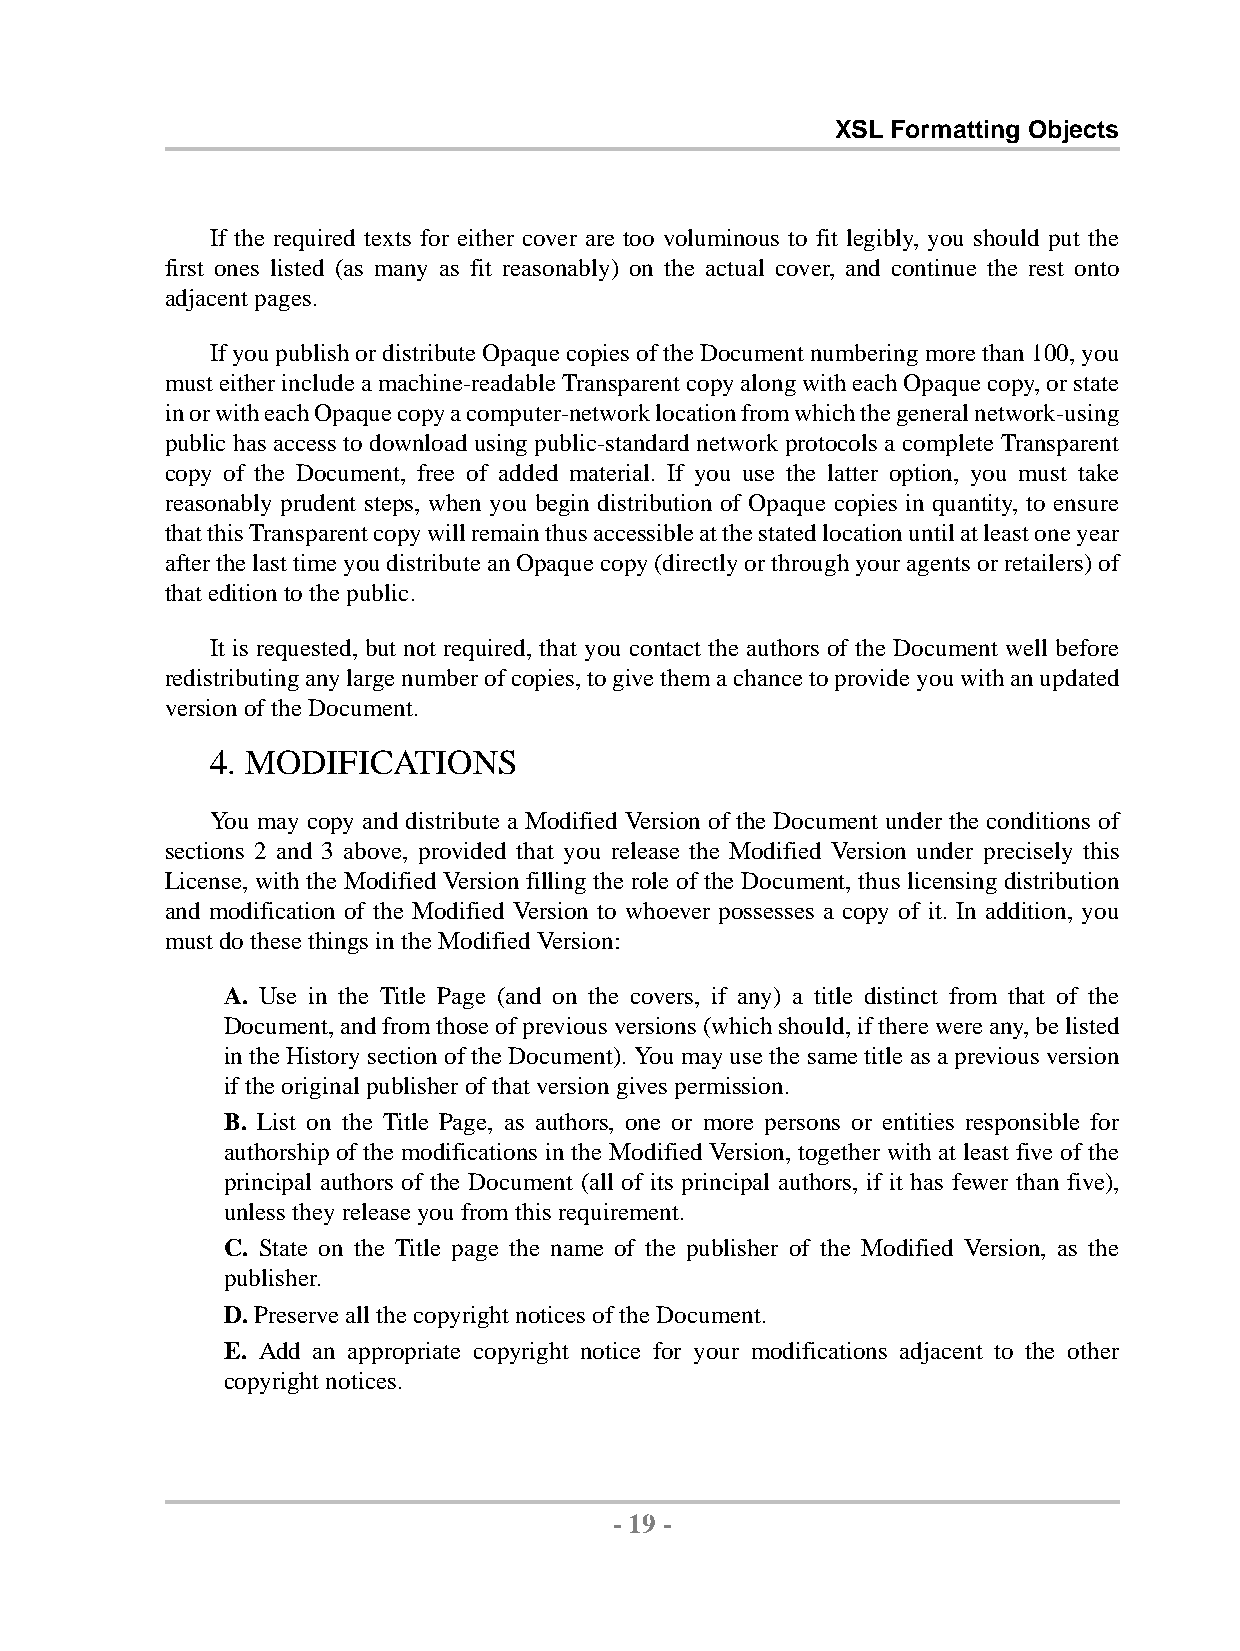
XSL Formatting Objects
 If the required texts for either cover are too voluminous to fit legibly, you should put the
 first ones listed (as many as fit reasonably) on the actual cover, and continue the rest onto
 adjacentpages.
 IfyoupublishordistributeOpaquecopiesoftheDocumentnumberingmorethan100,you
 musteitherincludeamachine-readableTransparentcopyalongwitheachOpaquecopy,orstate
 inorwitheachOpaquecopyacomputer-networklocationfromwhichthegeneralnetwork-using
 public has access to download using public-standard network protocols a complete Transparent
 copy of the Document, free of added material. If you use the latter option, you must take
 reasonably prudent steps, when you begin distribution of Opaque copies in quantity, to ensure
 thatthisTransparentcopywillremainthusaccessibleatthestatedlocationuntilatleastoneyear
 afterthelasttimeyoudistributeanOpaquecopy(directlyorthroughyouragentsorretailers)of
 thateditiontothe public.
 It is requested, but not required, that you contact the authors of the Document well before
 redistributinganylargenumberofcopies,togivethemachancetoprovideyouwithanupdated
 versionof the Document.
 4. MODIFICATIONS
 You may copy and distribute a Modified Version of the Document under the conditions of
 sections 2 and 3 above, provided that you release the Modified Version under precisely this
 License, with the Modified Version filling the role of the Document, thus licensing distribution
 and modification of the Modified Version to whoever possesses a copy of it. In addition, you
 mustdothesethingsintheModifiedVersion:
 A. Use in the Title Page (and on the covers, if any) a title distinct from that of the
 Document,andfromthoseofpreviousversions(whichshould,iftherewereany,belisted
 in the History section of the Document). You may use the same title as a previous version
 iftheoriginalpublisherofthatversiongivespermission.
 B. List on the Title Page, as authors, one or more persons or entities responsible for
 authorship of the modifications in the Modified Version, together with at least five of the
 principal authors of the Document (all of its principal authors, if it has fewer than five),
 unlesstheyreleaseyoufromthisrequirement.
 C. State on the Title page the name of the publisher of the Modified Version, as the
 publisher.
 D.Preserveallthe copyrightnotices ofthe Document.
 E. Add an appropriate copyright notice for your modifications adjacent to the other
 copyrightnotices.
 - 19 -
 by,XMLtoPDFXSL-FOFormatter